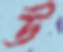
উ